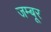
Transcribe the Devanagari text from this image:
जम्बूर